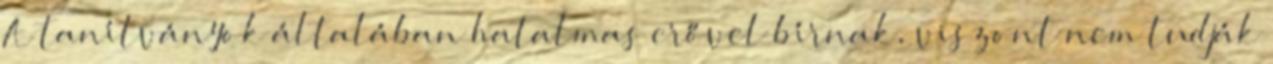
A tanítványok általában hatalmas erővel bírnak, viszont nem tudják